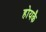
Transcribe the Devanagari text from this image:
होयकै